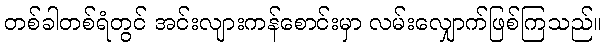
တစ်ခါတစ်ရံတွင် အင်းလျားကန်စောင်းမှာ လမ်းလျှောက်ဖြစ်ကြသည်။